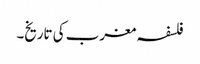
فلسفہ مغرب کی تاریخ۔